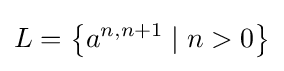
L=\left\{a^{n,n+1}\mid n>0\right\}